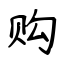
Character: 购